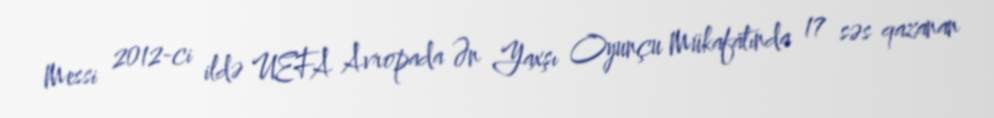
Messi 2012-ci ildə UEFA Avropada Ən Yaxşı Oyunçu Mükafatında 17 səs qazanan